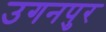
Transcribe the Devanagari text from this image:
उगनपुर